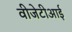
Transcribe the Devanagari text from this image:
वीजेटीआई